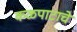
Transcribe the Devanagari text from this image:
कळपाटाचे